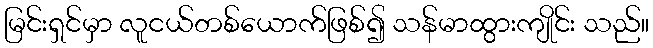
မြင်းရှင်မှာ လူငယ်တစ်ယောက်ဖြစ်၍ သန်မာထွားကျိုင်း သည်။